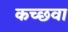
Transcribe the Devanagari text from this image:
कच्छवा